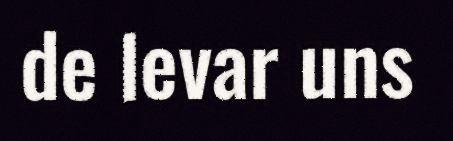
de levar uns